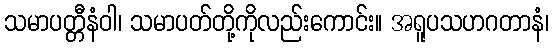
သမာပတ္တီနံဝါ၊ သမာပတ်တို့ကိုလည်းကောင်း။ အရူပသဟဂတာနံ၊